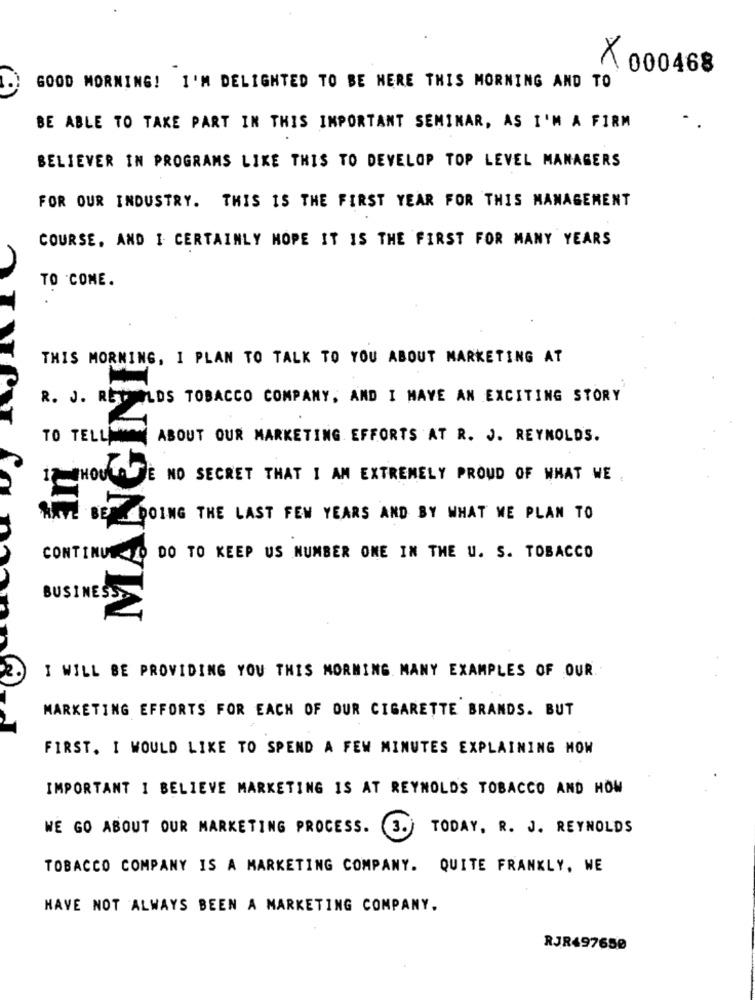
000468
GOOD MORNING! I'M DELIGHTED TO BE HERE THIS MORNING AND TO
BE ABLE TO TAKE PART IN THIS IMPORTANT SEMINAR, AS I'M A FIRM
BELIEVER IN PROGRAMS LIKE THIS TO DEVELOP TOP LEVEL MANAGERS
FOR OUR INDUSTRY. THIS IS THE FIRST YEAR FOR THIS MANAGEMENT
COURSE, AND I CERTAINLY HOPE IT IS THE FIRST FOR MANY YEARS
TO COME.
THIS MORNING, I PLAN TO TALK TO YOU ABOUT MARKETING AT
R. J. RECORDS TOBACCO COMPANY, AND I HAVE AN EXCITING STORY
TO TELLIN
ABOUT OUR MARKETING EFFORTS AT R. J. REYNOLDS.
17WHOULDDE NO SECRET THAT I AM EXTREMELY PROUD OF WHAT WE
HAVE BE DOING THE LAST FEW YEARS AND BY WHAT WE PLAN TO
CONTINUED DO TO KEEP US NUMBER ONE IN THE U. S. TOBACCO
BUSINESS
I WILL BE PROVIDING YOU THIS MORNING MANY EXAMPLES OF OUR.
MARKETING EFFORTS FOR EACH OF OUR CIGARETTE BRANDS. BUT
FIRST. I WOULD LIKE TO SPEND A FEW MINUTES EXPLAINING HOW
IMPORTANT I BELIEVE MARKETING IS AT REYNOLDS TOBACCO AND HOW
WE GO ABOUT OUR MARKETING PROCESS.
TODAY, R. J. REYNOLDS
(3.
TOBACCO COMPANY IS A MARKETING COMPANY. QUITE FRANKLY, WE
HAVE NOT ALWAYS BEEN A MARKETING COMPANY,
RJR497650